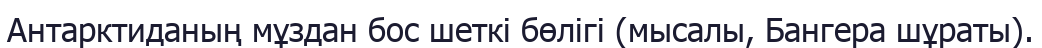
Антарктиданың мұздан бос шеткі бөлігі (мысалы, Бангера шұраты).